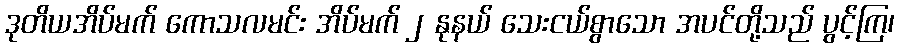
ဒုတိယအိပ်မက် ကောသလမင်း အိပ်မက် ၂ နုနယ် သေးငယ်စွာသော အပင်တို့သည် ပွင့်ကြ၊